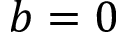
b = 0